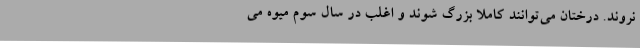
نروند. درختان می‌توانند کاملا بزرگ شوند و اغلب در سال سوم میوه می